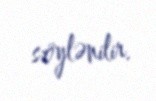
söylənilir.